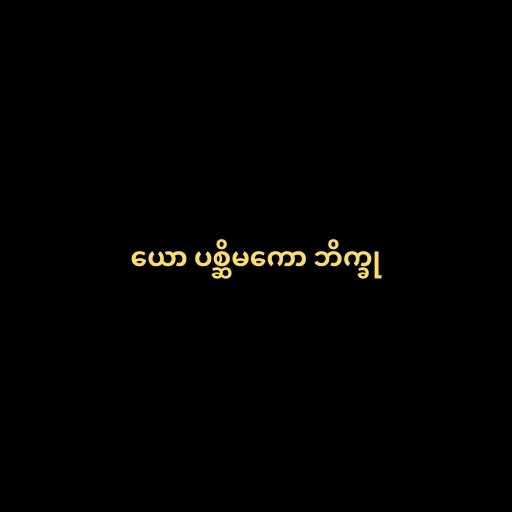
ယော ပစ္ဆိမကော ဘိက္ခု